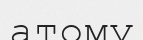
атому